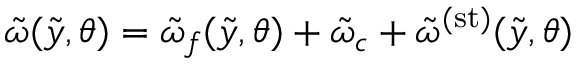
\tilde { \omega } ( \tilde { y } , \theta ) = \tilde { \omega } _ { f } ( \tilde { y } , \theta ) + \tilde { \omega } _ { c } + \tilde { \omega } ^ { ( \mathrm { s t } ) } ( \tilde { y } , \theta )